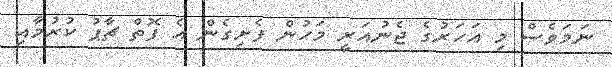
ނަމަވެސް މި އަހަރުގެ ޖެނުއަރީ މަހުން ފެށިގެން އެ ފޮތް ޗާޕު ކުރުމާއި